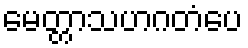
မေတ္တာသဟဂတံပေ